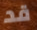
قد